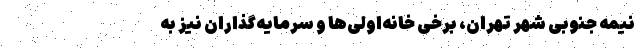
نیمه جنوبی شهر تهران، برخی خانه‌‌اولی‌‌ها و سرمایه‌‌گذاران نیز به